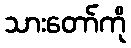
သားတော်ကို